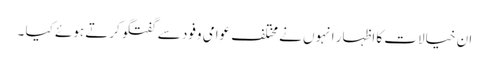
ان خیالات کا اظہار انہوں نے مختلف عوامی وفود سے گفتگوکرتے ہوئے کیا ۔